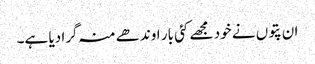
ان پتوں نے خود مجھے کئی بار اوندھے منہ گرا دیا ہے۔